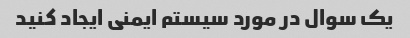
یک سوال در مورد سیستم ایمنی ایجاد کنید